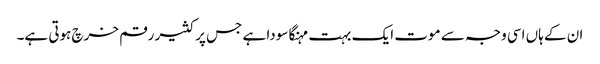
ان کے ہاں اسی وجہ سے موت ایک بہت مہنگا سودا ہے جس پر کثیر رقم خرچ ہوتی ہے۔